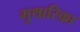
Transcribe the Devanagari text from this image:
मुथारिका